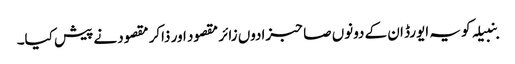
بنبیلہ کو یہ ایورڈ ان کے دونوں صاحبزادوں زائر مقصود اور ذاکر مقصود نے پیش کیا۔